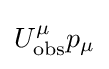
U_{\rm {obs}}^{\mu }p_{\mu }